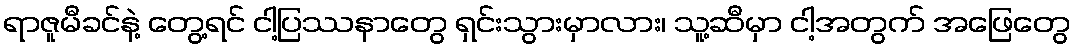
ရာဇူမီခင်နဲ့ တွေ့ရင် ငါ့ပြဿနာတွေ ရှင်းသွားမှာလား၊ သူ့ဆီမှာ ငါ့အတွက် အဖြေတွေ